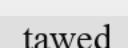
tawed